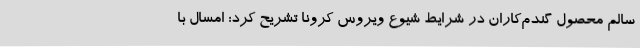
سالم محصول گندم‌کاران در شرایط شیوع ویروس کرونا تشریح کرد: امسال با